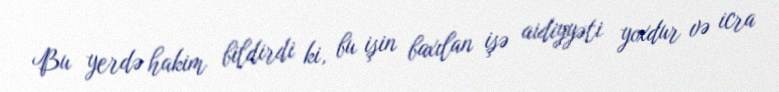
Bu yerdə hakim bildirdi ki, bu işin baxılan işə aidiyyəti yoxdur və icra